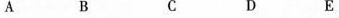
A B C D E